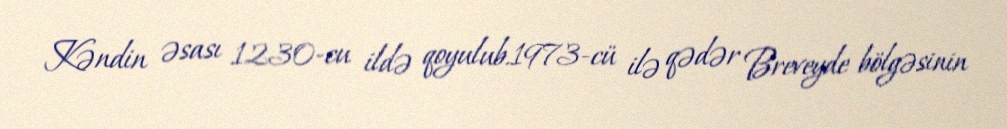
Kəndin əsası 1230-cu ildə qoyulub.1973-cü ilə qədər Breveyde bölgəsinin